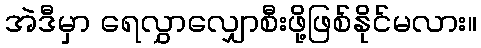
အဲဒီမှာ ရေလွှာလျှောစီးဖို့ဖြစ်နိုင်မလား။